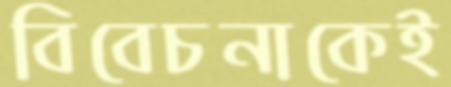
বিবেচনাকেই